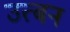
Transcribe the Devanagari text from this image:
उत्बन